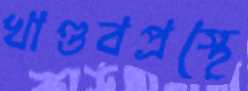
খাণ্ডবপ্রস্থে